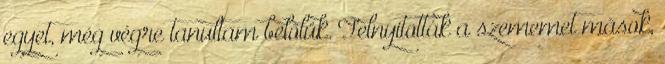
egyet, még végre tanultam belőlük. Felnyitották a szememet mások,